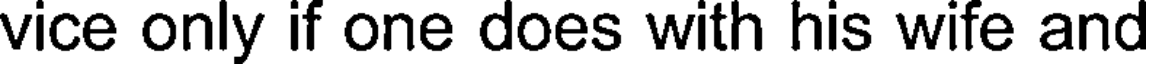
vice only if one does with his wife and